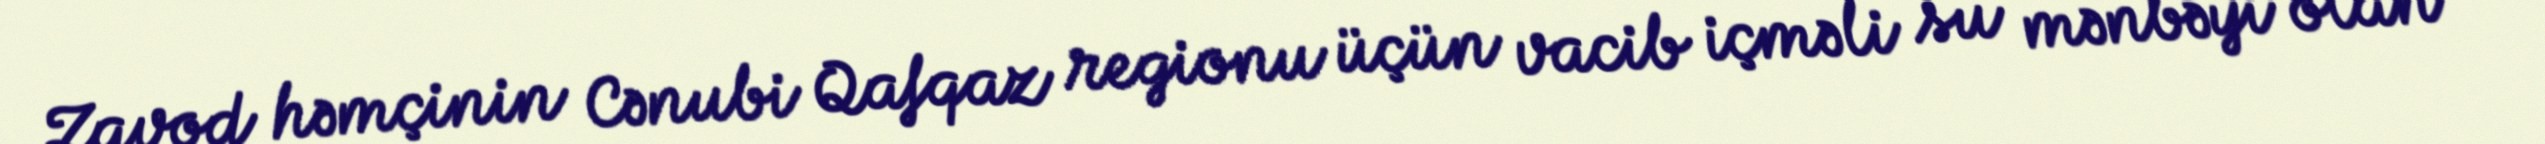
Zavod həmçinin Cənubi Qafqaz regionu üçün vacib içməli su mənbəyi olan